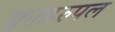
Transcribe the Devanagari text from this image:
क्वाडरुपल